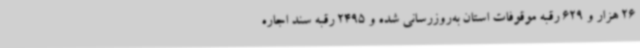
26 هزار و 629 رقبه موقوفات استان به‌روزرسانی شده و 2495 رقبه سند اجاره